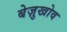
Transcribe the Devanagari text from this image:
बेज़ुखोव